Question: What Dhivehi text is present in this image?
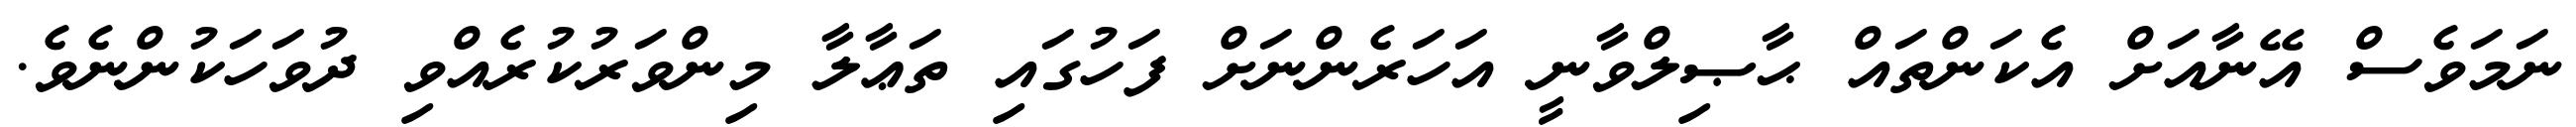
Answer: ނަމަވެސް އޭނާއަށް އެކަންތައް ޙާޞިލްވާނީ އަހަރެންނަށް ފަހުގައި ތަޢާލާ މިންވަރުކުރެއްވި ދުވަހަކުންނެވެ.